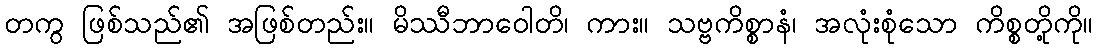
တကွ ဖြစ်သည်၏ အဖြစ်တည်း။ မိဿီဘာဝေါတိ၊ ကား။ သဗ္ဗကိစ္စာနံ၊ အလုံးစုံသော ကိစ္စတို့ကို။